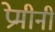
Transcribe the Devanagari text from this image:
प्रेमीनी